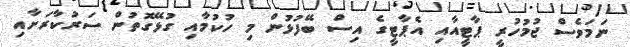
ނަމަވެސް ޖުމުހުރީ ޕާޓީއާއި އެޕާޓީގެ އިސް ބޭފުޅުން މި ހުކުމާއި ގުޅޭގޮތުން ސަރުކާރަށާއި